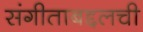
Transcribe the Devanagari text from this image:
संगीताबद्दलची